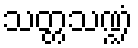
သတ္တသဏ္ဍံ